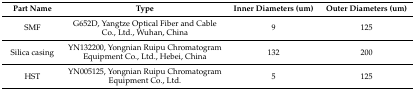
| Part Name | Type | Inner Diameters (um) | Outer Diameters (um) |
 | --- | --- | --- | --- |
 | SMF | G652D, Yangtze Optical Fiber and Cable Co., Ltd., Wuhan, China | 9 | 125 |
 | Silica casing | YN132200, Yongnian Ruipu Chromatogram Equipment Co., Ltd., Hebei, China | 132 | 200 |
 | HST | YN005125, Yongnian Ruipu Chromatogram Equipment Co., Ltd. | 5 | 125 |